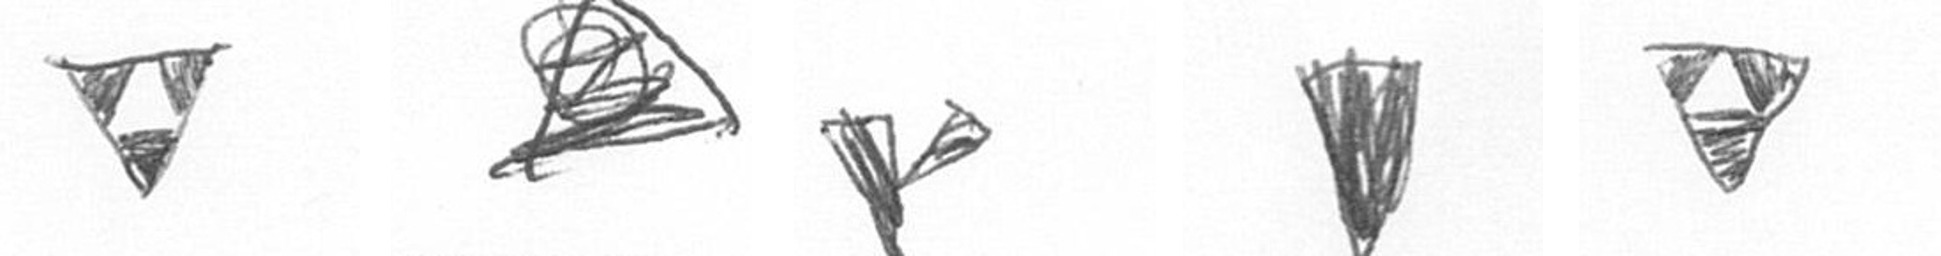
S O F J S